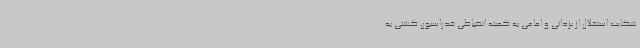
شکایت استقلال از یزدانی و امامی به کمیته انضباطی فدراسیون کشتی به